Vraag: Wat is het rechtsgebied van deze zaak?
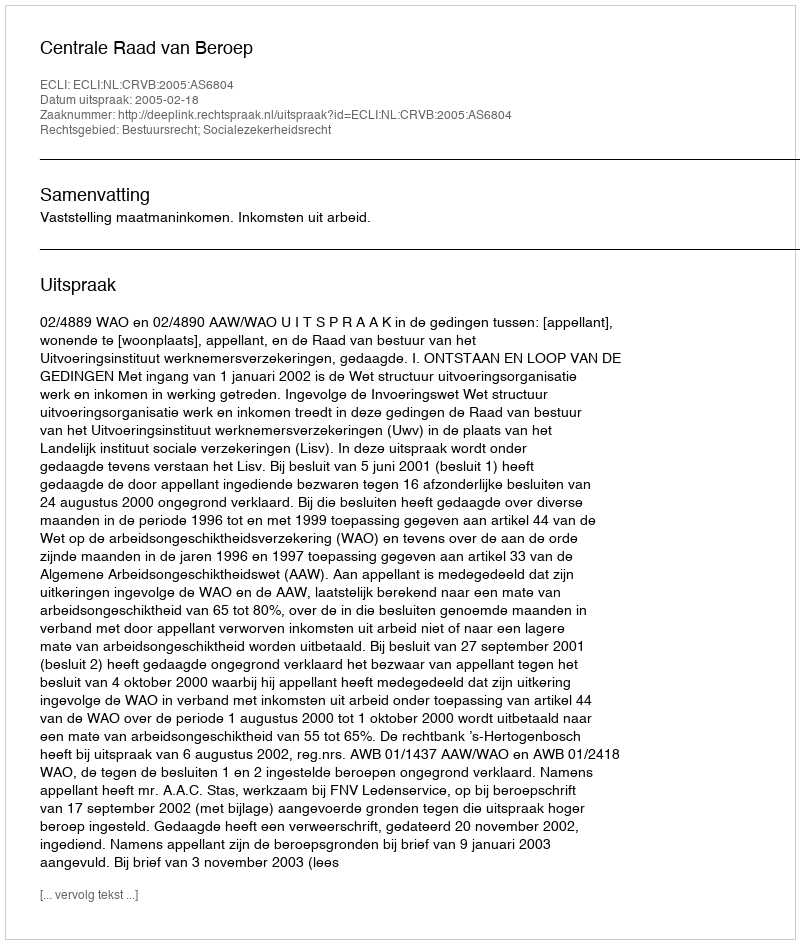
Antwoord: Bestuursrecht; Socialezekerheidsrecht